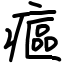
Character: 𤹪